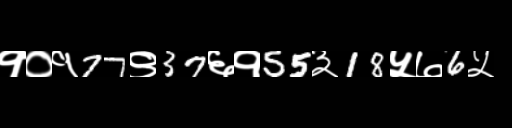
Text: १०१77९37६१55३18५७6५